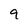
Character: 9